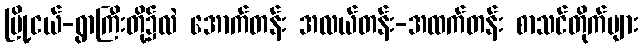
မြို့ငယ်-ရွာကြီးတို့၌လဲ အောက်တန်း အလယ်တန်း-အထက်တန်း စာသင်တိုက်များ